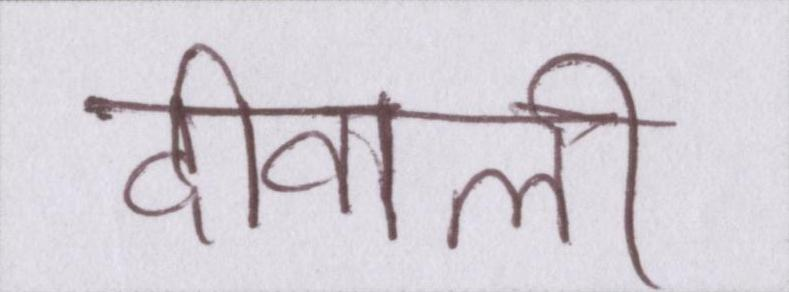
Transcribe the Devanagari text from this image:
दीवाली